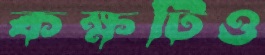
কক্ষটিও